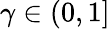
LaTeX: \gamma\in(0,1]